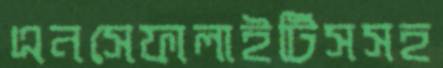
এনসেফালাইটিসসহ